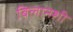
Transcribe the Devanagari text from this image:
बिलानशी